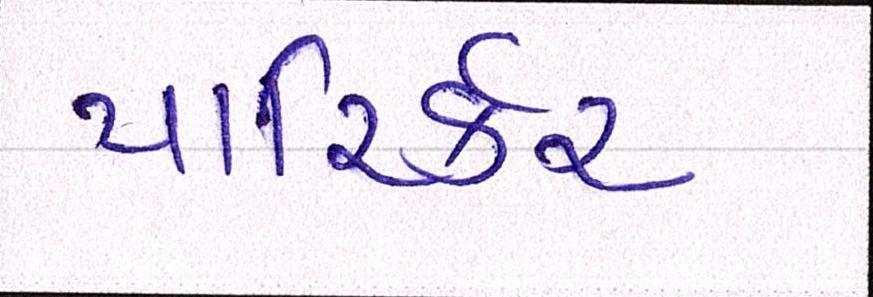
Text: પારિર્કર